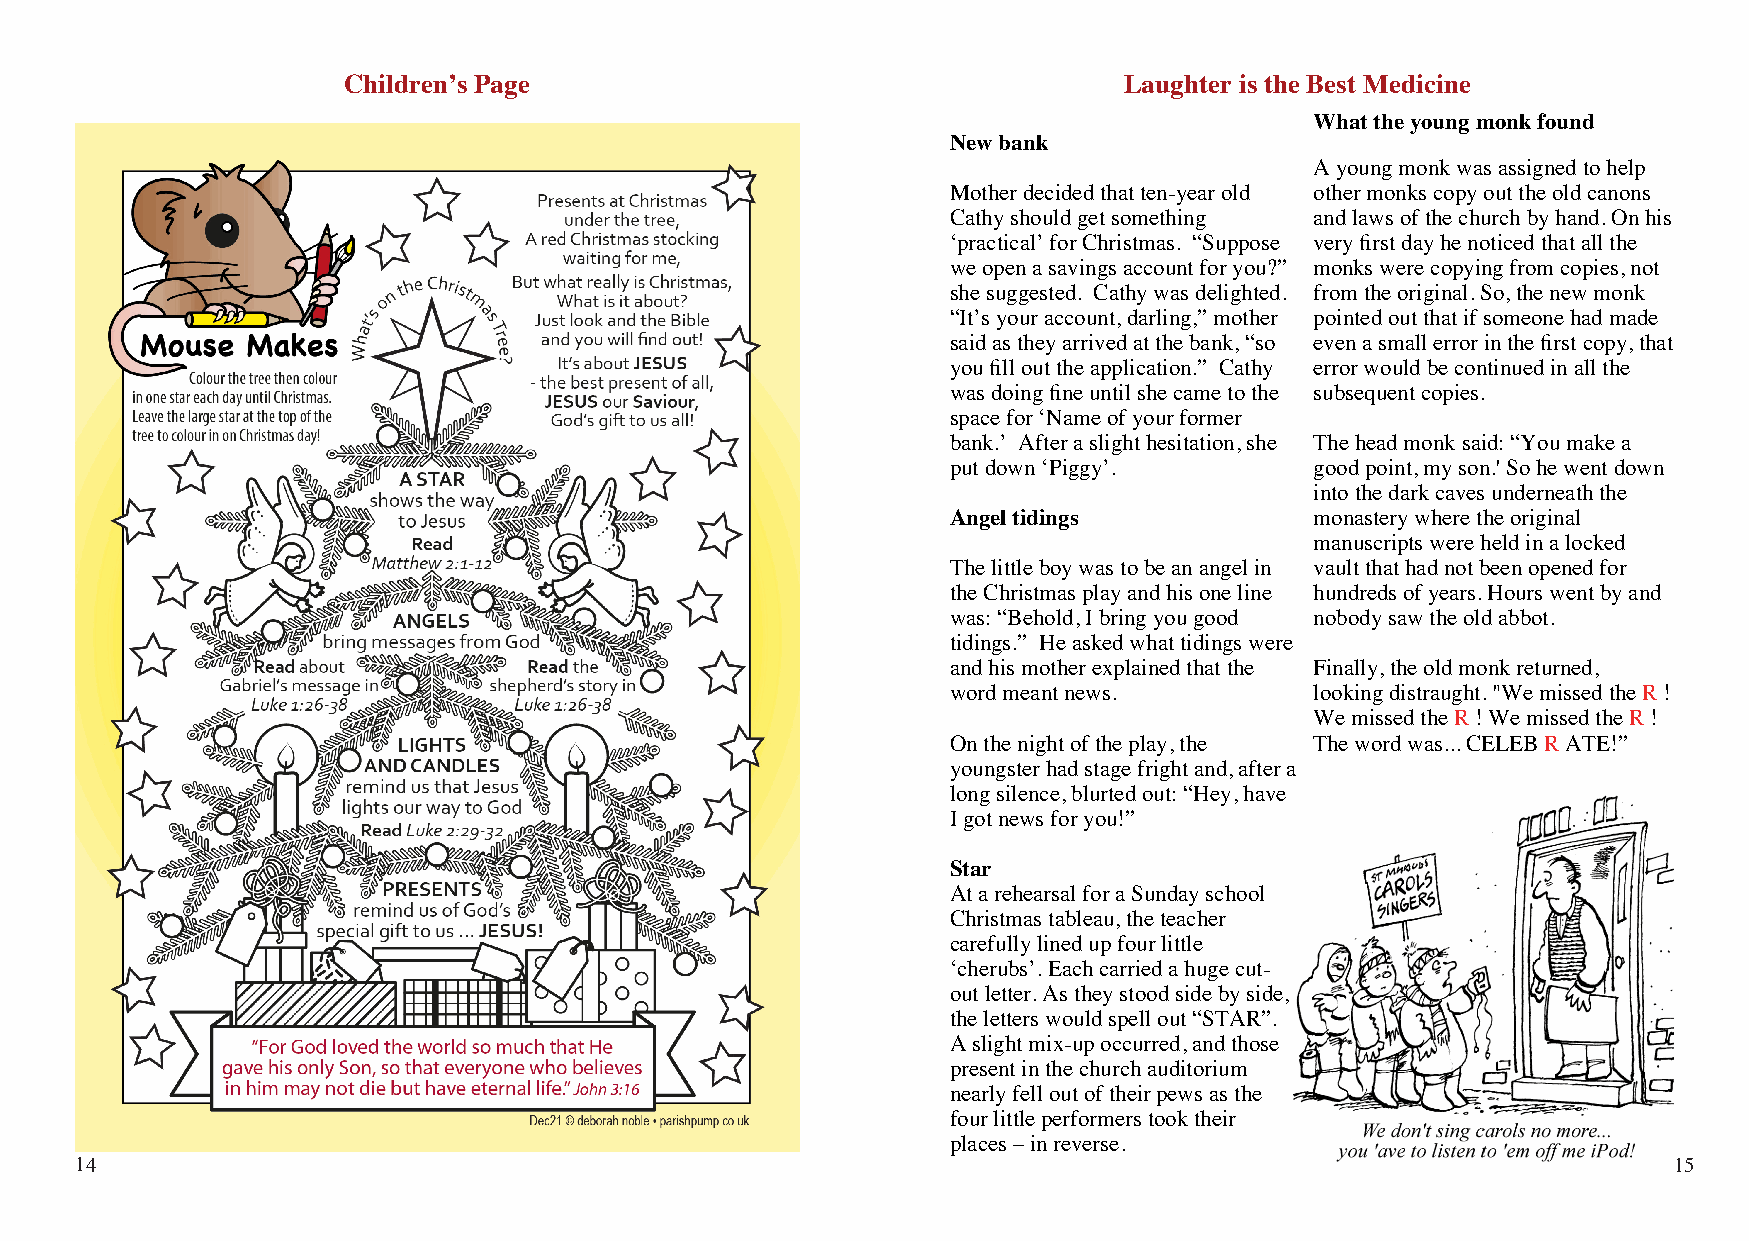
Children’s Page                                    Laughter is the Best Medicine
 Whattheyoungmonkfound
 Newbank
 Ayoungmonkwasassignedtohelp
 Motherdecidedthatten-yearold othermonkscopyouttheoldcanons
 Cathyshouldgetsomething andlawsofthechurchbyhand.Onhis
 ‘practical’forChristmas. “Suppose veryfirstdayhenoticedthatallthe
 weopenasavingsaccountforyou?” monkswerecopyingfromcopies,not
 shesuggested. Cathywasdelighted. fromtheoriginal.So,thenewmonk
 “It’syouraccount,darling,”mother pointedoutthatifsomeonehadmade
 saidastheyarrivedatthebank,“so evenasmallerrorinthefirstcopy,that
 youfillouttheapplication.” Cathy errorwouldbecontinuedinallthe
 wasdoingfineuntilshecametothe subsequentcopies.
 spacefor‘Nameofyourformer
 bank.’ Afteraslighthesitation,she Theheadmonksaid:“Youmakea
 putdown‘Piggy’.         goodpoint,myson.'Sohewentdown
 intothedarkcavesunderneaththe
 Angeltidings            monasterywheretheoriginal
 manuscriptswereheldinalocked
 Thelittleboywastobeanangelin vaultthathadnotbeenopenedfor
 theChristmasplayandhisoneline hundredsofyears.Hourswentbyand
 was:“Behold,Ibringyougood nobodysawtheoldabbot.
 tidings.” Heaskedwhattidingswere
 andhismotherexplainedthatthe Finally,theoldmonkreturned,
 wordmeantnews.          lookingdistraught."WemissedtheR!
 WemissedtheR!WemissedtheR!
 Onthenightoftheplay,the Thewordwas...CELEBRATE!”
 youngsterhadstagefrightand,aftera
 longsilence,blurtedout:“Hey,have
 Igotnewsforyou!”
 Star
 AtarehearsalforaSundayschool
 Christmastableau,theteacher
 carefullylinedupfourlittle
 ‘cherubs’.Eachcarriedahugecut-
 outletter.Astheystoodsidebyside,
 theletterswouldspellout“STAR”.
 Aslightmix-upoccurred,andthose
 presentinthechurchauditorium
 nearlyfelloutoftheirpewsasthe
 fourlittleperformerstooktheir
 places–inreverse.
 14                                                                                                        15